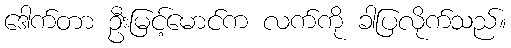
ဒေါက်တာ ဦးမြင့်မောင်က လက်ကို ခါပြလိုက်သည်။